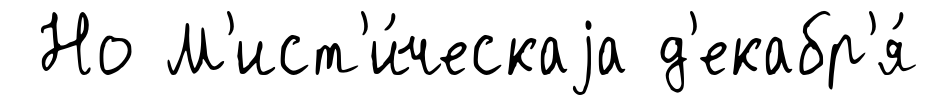
Но М'ист'и́ческаjа д'екабр'я́